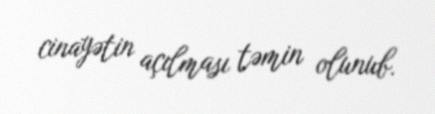
cinayətin açılması təmin olunub.